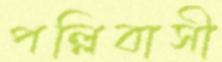
পল্লিবাসী